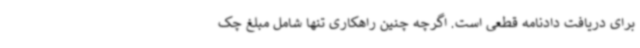
برای دریافت دادنامه قطعی است. اگرچه چنین راهکاری تنها شامل مبلغ چک